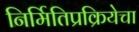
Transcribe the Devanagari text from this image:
निर्मितिप्रक्रियेचा